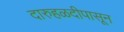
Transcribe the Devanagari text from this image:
दारुहळदीपासून